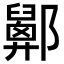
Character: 𨟋